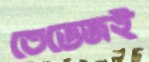
তেভেজই